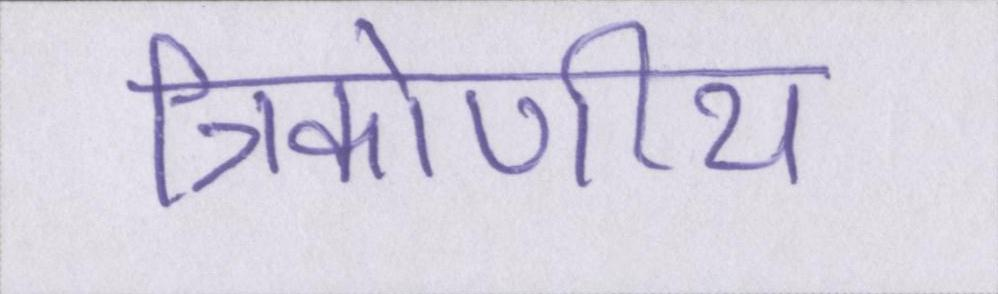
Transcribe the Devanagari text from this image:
त्रिकोणीय